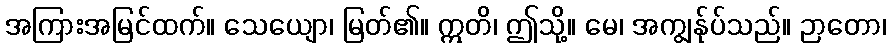
အကြားအမြင်ထက်။ သေယျော၊ မြတ်၏။ ဣတိ၊ ဤသို့။ မေ၊ အကျွန်ုပ်သည်။ ဉာတော၊